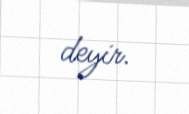
deyir.